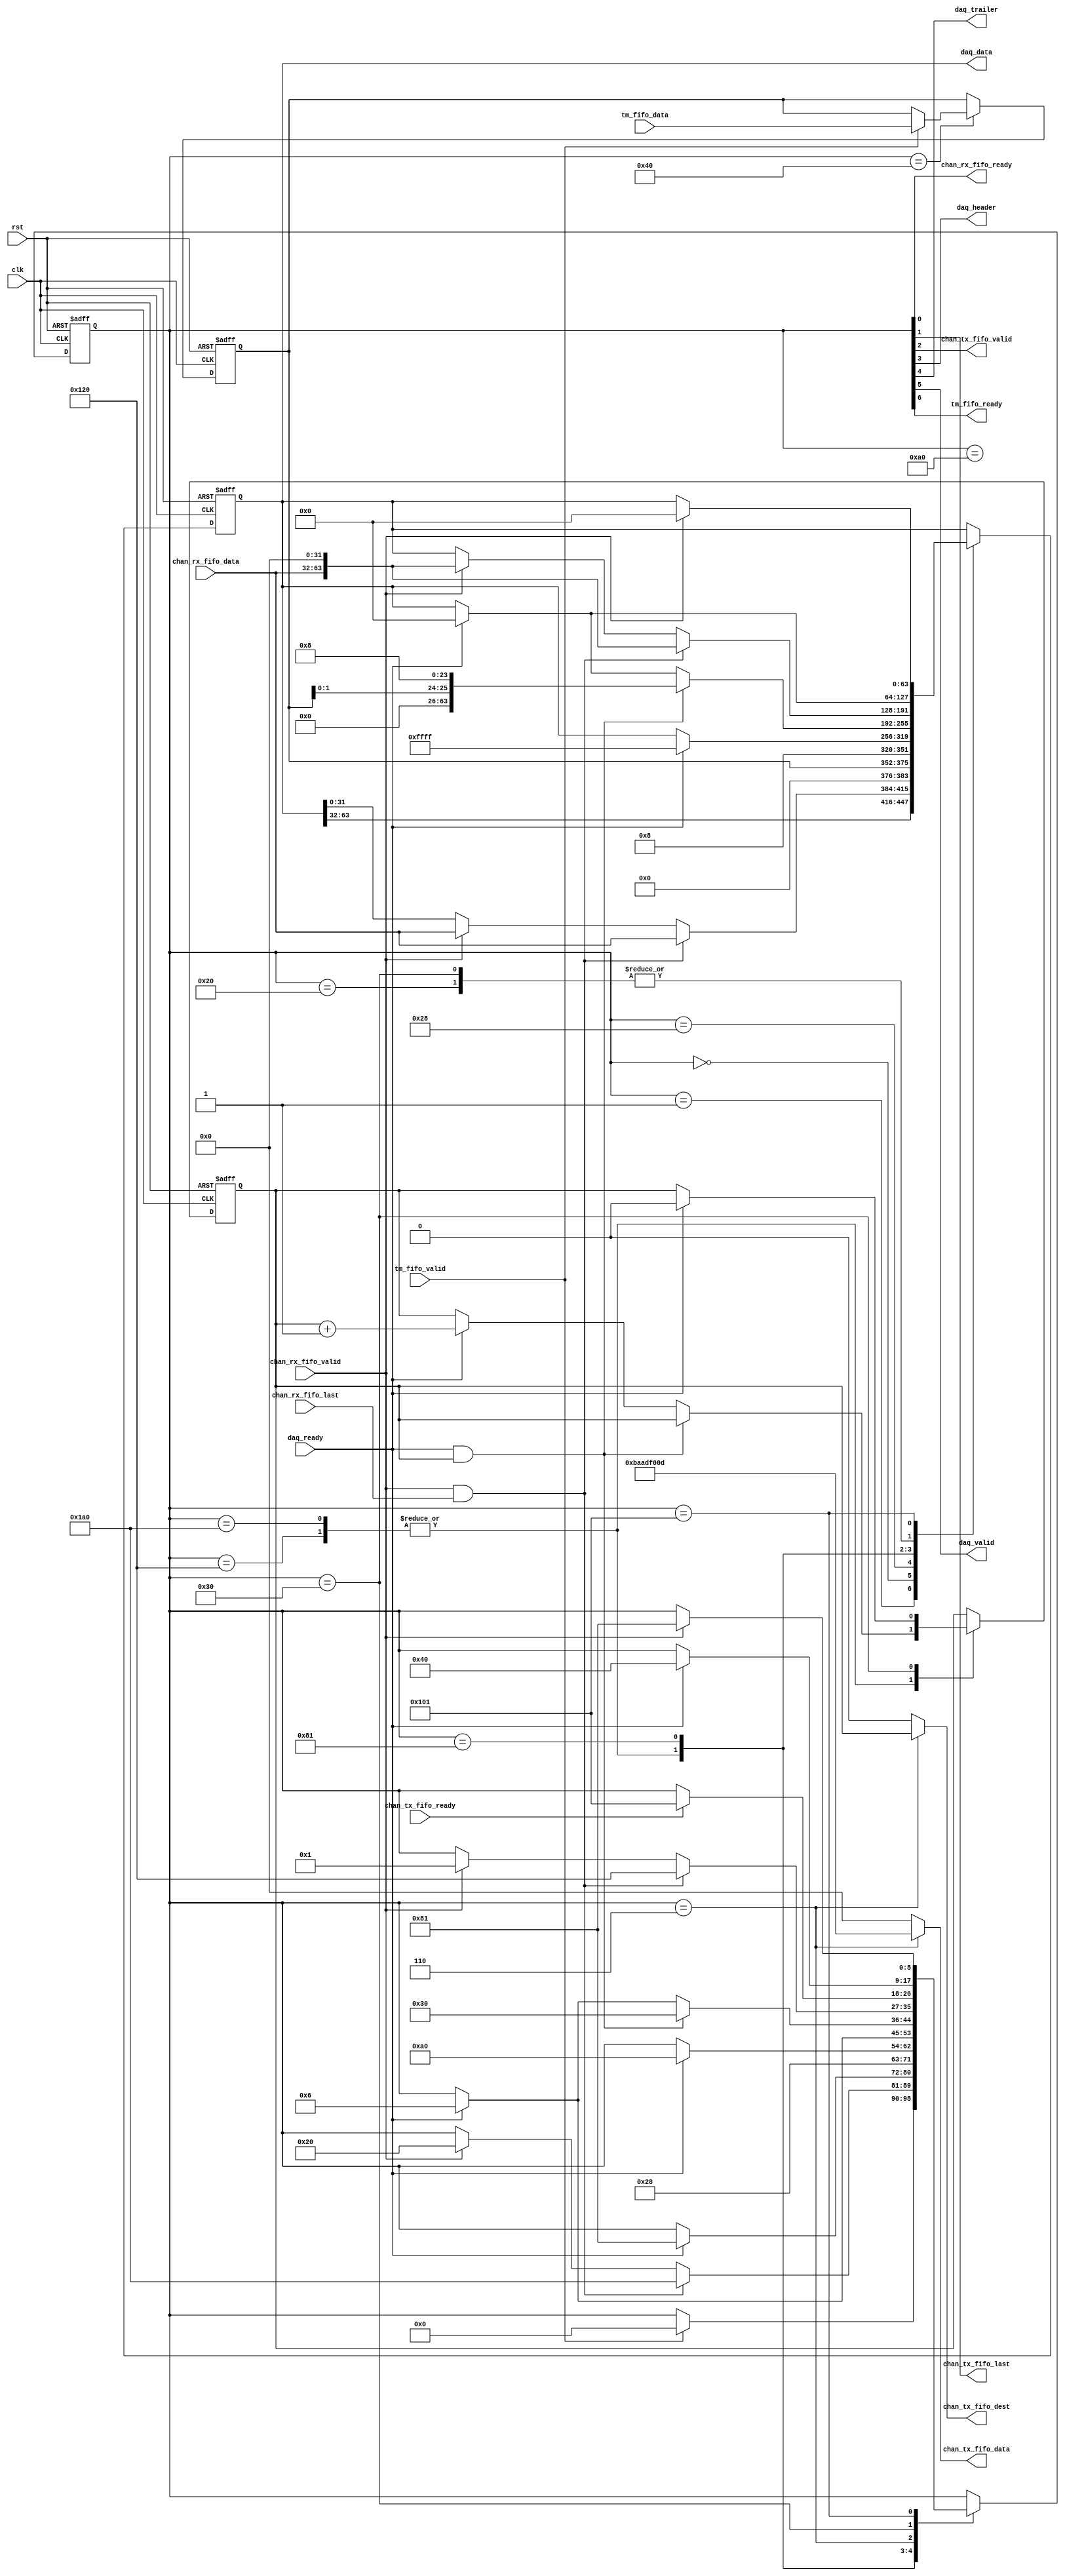

// Created by fizzim.pl version 4.42 on 2014:07:01 at 18:08:54 (www.fizzim.com)

module dataTransferManager (
  output wire chan_rx_fifo_ready,
  output reg [31:0] chan_tx_fifo_data,
  output reg chan_tx_fifo_dest,
  output wire chan_tx_fifo_last,
  output wire chan_tx_fifo_valid,
  output reg [63:0] daq_data,
  output wire daq_header,
  output wire daq_trailer,
  output wire daq_valid,
  output wire tm_fifo_ready,
  input wire [31:0] chan_rx_fifo_data,
  input wire chan_rx_fifo_last,
  input wire chan_rx_fifo_valid,
  input wire chan_tx_fifo_ready,
  input wire clk,
  input wire daq_ready,
  input wire rst,
  input wire [23:0] tm_fifo_data,
  input wire tm_fifo_valid 
);
  
  // state bits
  parameter 
  IDLE          = 9'b001000000, // extra=00 tm_fifo_ready=1 daq_valid=0 daq_trailer=0 daq_header=0 chan_tx_fifo_valid=0 chan_tx_fifo_last=0 chan_rx_fifo_ready=0 
  DATA1         = 9'b000000001, // extra=00 tm_fifo_ready=0 daq_valid=0 daq_trailer=0 daq_header=0 chan_tx_fifo_valid=0 chan_tx_fifo_last=0 chan_rx_fifo_ready=1 
  DATA2         = 9'b000100000, // extra=00 tm_fifo_ready=0 daq_valid=1 daq_trailer=0 daq_header=0 chan_tx_fifo_valid=0 chan_tx_fifo_last=0 chan_rx_fifo_ready=0 
  HAS_FILLNUM   = 9'b000000000, // extra=00 tm_fifo_ready=0 daq_valid=0 daq_trailer=0 daq_header=0 chan_tx_fifo_valid=0 chan_tx_fifo_last=0 chan_rx_fifo_ready=0 
  HEADER1       = 9'b000101000, // extra=00 tm_fifo_ready=0 daq_valid=1 daq_trailer=0 daq_header=1 chan_tx_fifo_valid=0 chan_tx_fifo_last=0 chan_rx_fifo_ready=0 
  HEADER2       = 9'b010100000, // extra=01 tm_fifo_ready=0 daq_valid=1 daq_trailer=0 daq_header=0 chan_tx_fifo_valid=0 chan_tx_fifo_last=0 chan_rx_fifo_ready=0 
  LAST_DATA1    = 9'b100100000, // extra=10 tm_fifo_ready=0 daq_valid=1 daq_trailer=0 daq_header=0 chan_tx_fifo_valid=0 chan_tx_fifo_last=0 chan_rx_fifo_ready=0 
  LAST_DATA2    = 9'b110100000, // extra=11 tm_fifo_ready=0 daq_valid=1 daq_trailer=0 daq_header=0 chan_tx_fifo_valid=0 chan_tx_fifo_last=0 chan_rx_fifo_ready=0 
  READY_DATA    = 9'b010000001, // extra=01 tm_fifo_ready=0 daq_valid=0 daq_trailer=0 daq_header=0 chan_tx_fifo_valid=0 chan_tx_fifo_last=0 chan_rx_fifo_ready=1 
  SEND_COMMAND  = 9'b000000110, // extra=00 tm_fifo_ready=0 daq_valid=0 daq_trailer=0 daq_header=0 chan_tx_fifo_valid=1 chan_tx_fifo_last=1 chan_rx_fifo_ready=0 
  TRAILER       = 9'b000110000, // extra=00 tm_fifo_ready=0 daq_valid=1 daq_trailer=1 daq_header=0 chan_tx_fifo_valid=0 chan_tx_fifo_last=0 chan_rx_fifo_ready=0 
  WAIT_RESPONSE = 9'b100000001; // extra=10 tm_fifo_ready=0 daq_valid=0 daq_trailer=0 daq_header=0 chan_tx_fifo_valid=0 chan_tx_fifo_last=0 chan_rx_fifo_ready=1 
  
  reg [8:0] state;
  reg [8:0] nextstate;
  reg chan_num;
  reg [23:0] fill_num;
  reg next_chan_num;
  reg [63:0] next_daq_data;
  reg [23:0] next_fill_num;
  
  // comb always block
  always @* begin
    nextstate = state; // default to hold value because implied_loopback is set
    chan_tx_fifo_data[31:0] = 32'h00000000; // default
    chan_tx_fifo_dest = 0; // default
    next_chan_num = chan_num;
    next_daq_data[63:0] = daq_data[63:0];
    next_fill_num[23:0] = fill_num[23:0];
    case (state)
      IDLE         : begin
        if (tm_fifo_valid) begin
          nextstate = HAS_FILLNUM;
          next_fill_num[23:0] = tm_fifo_data[23:0];
        end
      end
      DATA1        : begin
        if (chan_rx_fifo_valid && chan_rx_fifo_last) begin
          nextstate = LAST_DATA2;
          next_daq_data[63:0] = {daq_data[63:32],chan_rx_fifo_data[31:0]};
        end
        else if (chan_rx_fifo_valid) begin
          nextstate = DATA2;
          next_daq_data[63:0] = {daq_data[63:32],chan_rx_fifo_data[31:0]};
        end
      end
      DATA2        : begin
        if (daq_ready) begin
          nextstate = READY_DATA;
          next_daq_data[63:0] = 0;
        end
      end
      HAS_FILLNUM  : begin
        begin
          nextstate = HEADER1;
          next_daq_data[63:0] = {{8'h00,fill_num[23:0]},32'h00000008};
        end
      end
      HEADER1      : begin
        if (daq_ready) begin
          nextstate = HEADER2;
          next_daq_data[63:0] = 64'h000000000000FFFF;
        end
      end
      HEADER2      : begin
        if (daq_ready) begin
          nextstate = SEND_COMMAND;
        end
      end
      LAST_DATA1   : begin
        if (daq_ready && chan_num==1) begin
          nextstate = TRAILER;
          next_daq_data[63:0] = {32'h00000000,{fill_num[1:0],24'h000008}};
        end
        else if (daq_ready) begin
          nextstate = SEND_COMMAND;
          next_daq_data[63:0] = 0;
          next_chan_num = chan_num+1;
        end
      end
      LAST_DATA2   : begin
        if (daq_ready && chan_num==1) begin
          nextstate = TRAILER;
          next_daq_data[63:0] = {32'h00000000,{fill_num[1:0],24'h000008}};
        end
        else if (daq_ready) begin
          nextstate = SEND_COMMAND;
          next_daq_data[63:0] = 0;
          next_chan_num = chan_num+1;
        end
      end
      READY_DATA   : begin
        if (chan_rx_fifo_valid && chan_rx_fifo_last) begin
          nextstate = LAST_DATA1;
          next_daq_data[63:0] = {chan_rx_fifo_data[31:0],32'h00000000};
        end
        else if (chan_rx_fifo_valid) begin
          nextstate = DATA1;
          next_daq_data[63:0] = {chan_rx_fifo_data[31:0],32'h00000000};
        end
      end
      SEND_COMMAND : begin
        chan_tx_fifo_data[31:0] = 32'hbaadf00d;
        chan_tx_fifo_dest = chan_num;
        if (chan_tx_fifo_ready) begin
          nextstate = WAIT_RESPONSE;
        end
      end
      TRAILER      : begin
        if (daq_ready) begin
          nextstate = IDLE;
          next_daq_data[63:0] = 0;
          next_chan_num = 0;
        end
      end
      WAIT_RESPONSE: begin
        if (chan_rx_fifo_valid) begin
          nextstate = READY_DATA;
          next_daq_data[63:0] = 0;
        end
      end
    endcase
  end
  
  // Assign reg'd outputs to state bits
  assign chan_rx_fifo_ready = state[0];
  assign chan_tx_fifo_last = state[1];
  assign chan_tx_fifo_valid = state[2];
  assign daq_header = state[3];
  assign daq_trailer = state[4];
  assign daq_valid = state[5];
  assign tm_fifo_ready = state[6];
  
  // sequential always block
  always @(posedge clk or posedge rst) begin
    if (rst) begin
      state <= IDLE;
      chan_num <= 0;
      daq_data[63:0] <= 0;
      fill_num[23:0] <= 0;
      end
    else begin
      state <= nextstate;
      chan_num <= next_chan_num;
      daq_data[63:0] <= next_daq_data[63:0];
      fill_num[23:0] <= next_fill_num[23:0];
      end
  end
  
  // This code allows you to see state names in simulation
  `ifndef SYNTHESIS
  reg [103:0] statename;
  always @* begin
    case (state)
      IDLE         :
        statename = "IDLE";
      DATA1        :
        statename = "DATA1";
      DATA2        :
        statename = "DATA2";
      HAS_FILLNUM  :
        statename = "HAS_FILLNUM";
      HEADER1      :
        statename = "HEADER1";
      HEADER2      :
        statename = "HEADER2";
      LAST_DATA1   :
        statename = "LAST_DATA1";
      LAST_DATA2   :
        statename = "LAST_DATA2";
      READY_DATA   :
        statename = "READY_DATA";
      SEND_COMMAND :
        statename = "SEND_COMMAND";
      TRAILER      :
        statename = "TRAILER";
      WAIT_RESPONSE:
        statename = "WAIT_RESPONSE";
      default      :
        statename = "XXXXXXXXXXXXX";
    endcase
  end
  `endif

endmodule